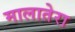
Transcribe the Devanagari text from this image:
मालातेरा